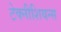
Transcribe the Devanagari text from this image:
टेक्नीशियन्स